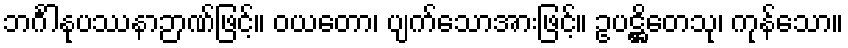
ဘင်္ဂါနုပဿနာဉာဏ်ဖြင့်။ ဝယတော၊ ပျက်သောအားဖြင့်။ ဥပဋ္ဌိတေသု၊ ကုန်သော။